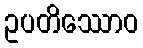
ဥပတိဿောဝ